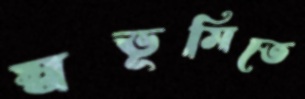
স্বভূমিতে